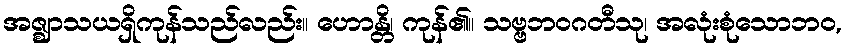
အဇ္ဈာသယရှိကုန်သည်လည်း။ ဟောန္တိ၊ ကုန်၏။ သဗ္ဗဘဝဂတီသု၊ အလုံးစုံသောဘဝ,